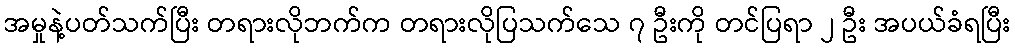
အမှုနဲ့ပတ်သက်ပြီး တရားလိုဘက်က တရားလိုပြသက်သေ ၇ ဦးကို တင်ပြရာ ၂ ဦး အပယ်ခံရပြီး